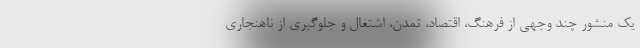
یک منشور چند وجهی از فرهنگ، اقتصاد، تمدن، اشتغال و جلوگیری از ناهنجاری